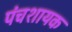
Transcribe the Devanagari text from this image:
पंचशायक